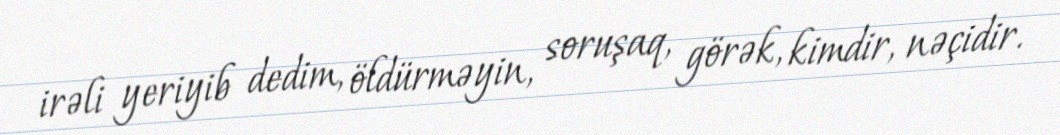
irəli yeriyib dedim, öldürməyin, soruşaq, görək, kimdir, nəçidir.